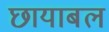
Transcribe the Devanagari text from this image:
छायाबल